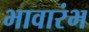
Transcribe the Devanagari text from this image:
भावारंभ